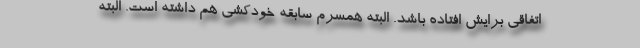
اتفاقی برایش افتاده باشد. البته همسرم سابقه خودکشی هم داشته است. البته